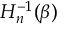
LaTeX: H _ { n } ^ { - 1 } ( \beta )